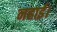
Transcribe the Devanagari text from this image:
नहाई।